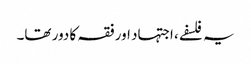
یہ فلسفے، اجتہاد اور فقہ کا دور تھا۔